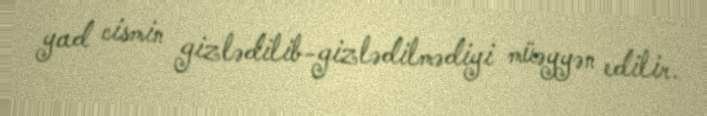
yad cismin gizlədilib-gizlədilmədiyi müəyyən edilir.